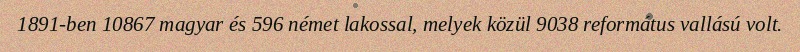
1891-ben 10867 magyar és 596 német lakossal, melyek közül 9038 református vallású volt.